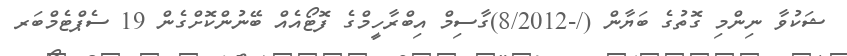
ޝަކުވާ ނިންމި ގޮތުގެ ބަޔާން (/-8/2012)ގާސިމް އިބްރާހީމްގެ ފޮޓޯއެއް ބޭނުންކޮށްގެން 19 ސެޕްޓެމްބަރ